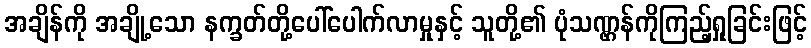
အချိန်ကို အချို့သော နက္ခတ်တို့ပေါ်ပေါက်လာမှုနှင့် သူတို့၏ ပုံသဏ္ဌန်ကိုကြည့်ရှုခြင်းဖြင့်